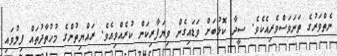
ނެތްވަރުގެ ތަނަވަސްވެރިއެކެވެ. ސީދާ ކޮޅުބަށް ވަޑައިގެން ވިޔަފާރިކަން ކުރެއްވިއެވެ. ރައްޔިތުންގެ މުހުތާދުތައް ފިލުވައި